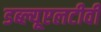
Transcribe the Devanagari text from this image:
डब्ल्यूएलटीवी